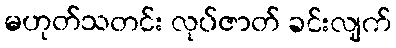
မဟုတ်သတင်း လုပ်ဇာတ် ခင်းလျက်